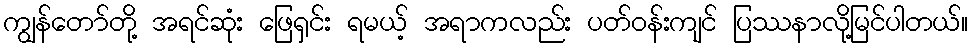
ကျွန်တော်တို့ အရင်ဆုံး ဖြေရှင်း ရမယ့် အရာကလည်း ပတ်ဝန်းကျင် ပြဿနာလို့မြင်ပါတယ်။